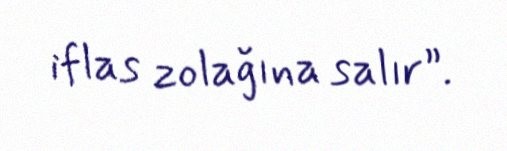
iflas zolağına salır”.